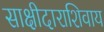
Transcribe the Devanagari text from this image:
साक्षीदाराशिवाय